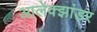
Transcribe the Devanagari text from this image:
आलेक्झांडर